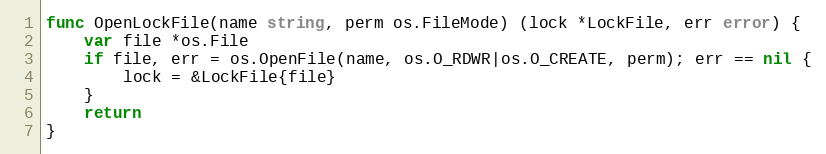
Language: Go
func OpenLockFile(name string, perm os.FileMode) (lock *LockFile, err error) {
	var file *os.File
	if file, err = os.OpenFile(name, os.O_RDWR|os.O_CREATE, perm); err == nil {
		lock = &LockFile{file}
	}
	return
}